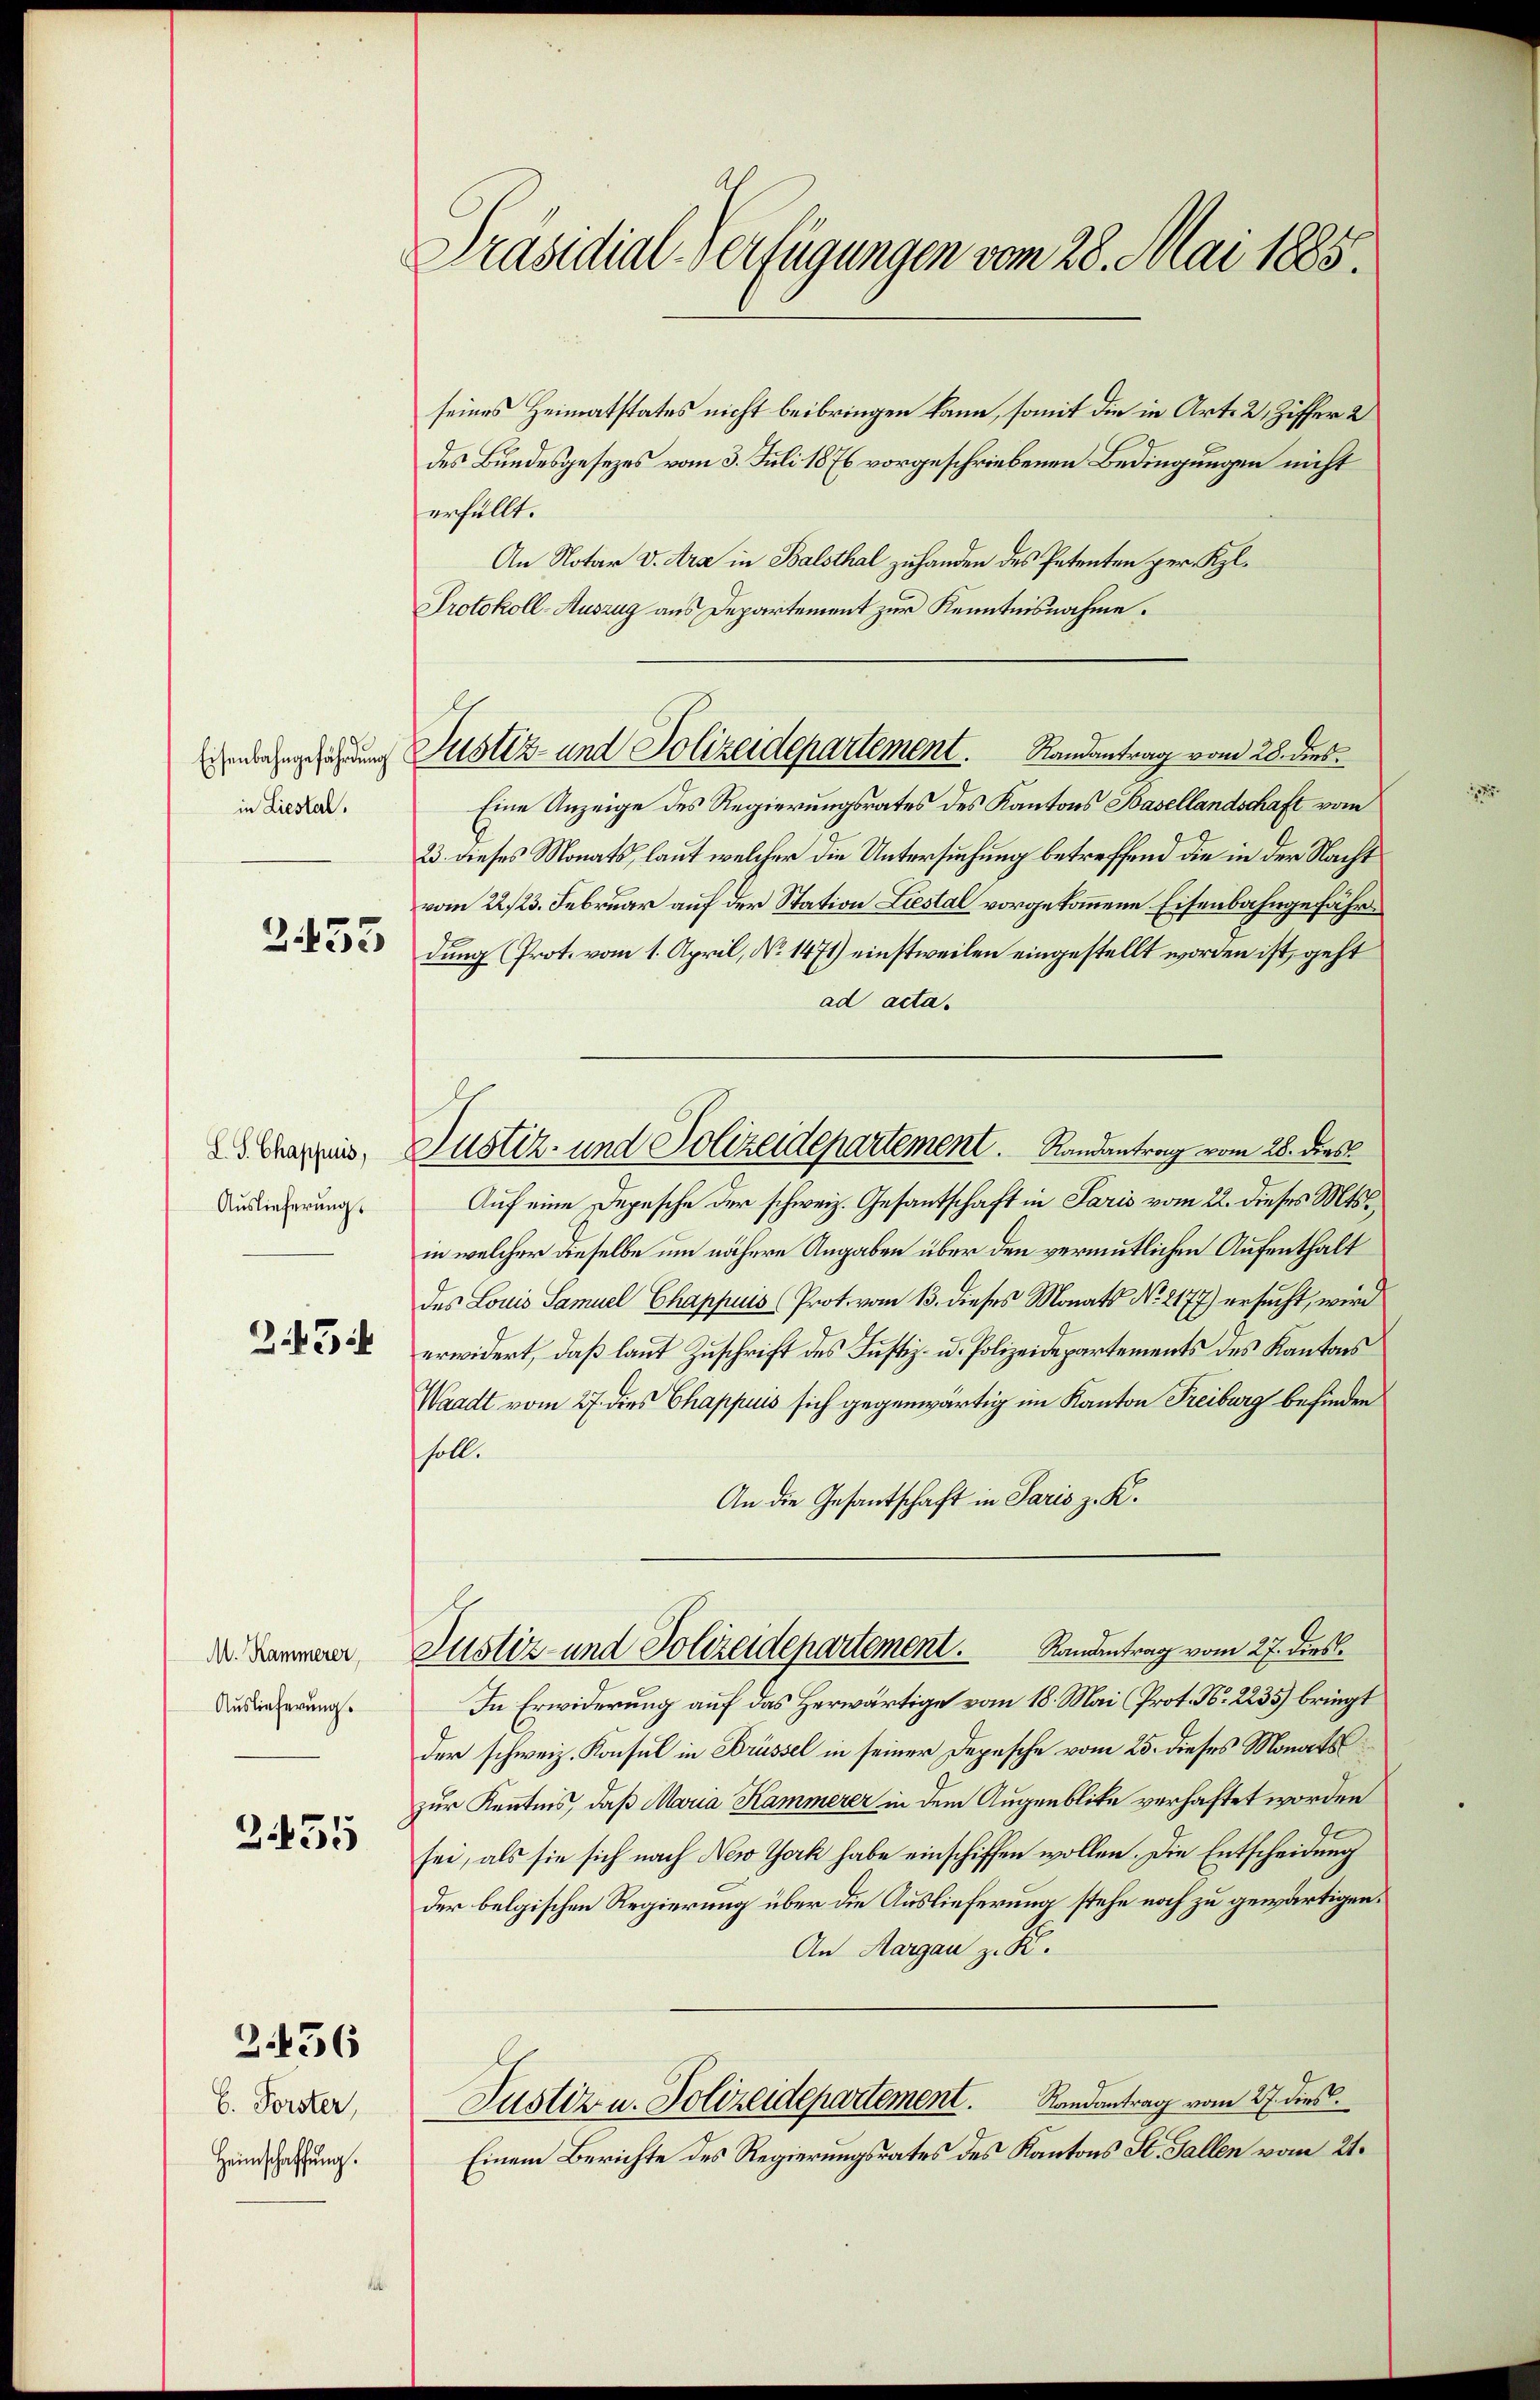
Eisenbahngefährdung
in Liestal.

255

L. S. Chappuis,
Auslieferung.

Z.43

M. Kammerer
Auslieferung.

3455

Z.456

b. Forster,
Heimschaffung.

Präsidial-Verfügungen vom 28. Mai 1885.

seines Heimatstates nicht beibringen kann, somit die in Art. 2, Ziffer 2
des Bundesgesezes vom 3. Juli 1876 vorgeschriebenen Bedingungen nicht
erfüllt.
An Notar v. Ara in Balsthal zuhanden des Petenten per Kl.
Protokoll-Auszug aus Departement zur Kenntnisnahme.
Justiz- und Polizeidepartement. Randantrag vom 28. dies
Eine Anzeige des Regierungsrates des Kantons Basellandschaft vom
23. dieses Monats, laut welcher die Untersuchung betreffend die in der Nacht
vom 22./23. Februar auf der Station Liestal vorgekommene Eisenbahngefährdung (Prot. vom 1. April, No 1471) einstweilen eingestellt worden ist, geht
ad acta.
Auf eine Depesche der schweiz. Gesantschaft in Paris vom 22. dieses Mts.
in welcher dieselbe um nähere Angaben über den vermutlichen Aufenthalt
des Louis Samuel Chappuis (Prot. vom 13. dieses Monats No 2177) ersucht, wird
erwidert, daß laut Zuschrift des Justiz- u. Polizeidepartements des Kantons
Waadt vom 27. dies Chappuis sich gegenwärtig im Kanton Freiburg befinden
soll.
An die Gesantschaft in Paris z. K.
Justiz- und Polizeidepartement. Randentrag vom 27. dies
In Erwiderung auf das Herwärtige vom 18. Mai (Prot. N. 2235) bringt
der schweiz. Konsul in Brüssel in seiner Depesche vom 25. dieses Monats
zur Kenntnis, daß Maria Kammerer in dem Augenblike verhaftet worden
sei, als sie sich nach New York habe einschiffen wollen. Die Entscheidung
der belgischen Regierung über die Auslieferung stehe noch zu gewärtigen.
An Margau z. K.
Justiz u. Polizeidepartement. Randantrag vom 27. dies
Einem Berichte des Regierungsrates des Kantons St. Gallen vom 21.

Justiz- und Polizeidepartement. Randantrag vom 28. dies